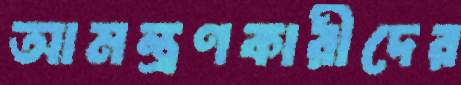
আমন্ত্রণকারীদের